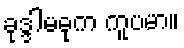
ခုဒ္ဒါမဓုက ကူပမာ။